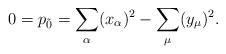
LaTeX: \begin{align*}0=p_{\tilde{0}}=\sum_{\alpha}(x_\alpha)^2-\sum_{\mu}(y_\mu)^2.\end{align*}